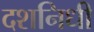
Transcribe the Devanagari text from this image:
दशनिधी